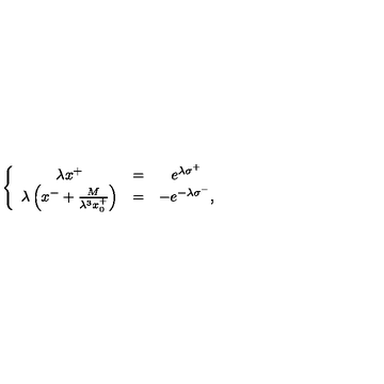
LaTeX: \left\{ \begin{array} { c c c } { \lambda x ^ { + } } & { = } & { e ^ { \lambda \sigma ^ { + } } } \\ { \lambda \left( x ^ { - } + { \frac { M } { \lambda ^ { 3 } x _ { 0 } ^ { + } } } \right) } & { = } & { - e ^ { - \lambda \sigma ^ { - } } , } \\ \end{array} \right.